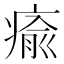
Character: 瘉